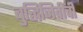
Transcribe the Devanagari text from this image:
बुद्धिजिवींची